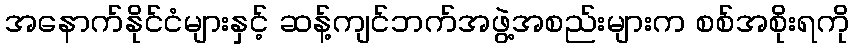
အနောက်နိုင်ငံများနှင့် ဆန့်ကျင်ဘက်အဖွဲ့အစည်းများက စစ်အစိုးရကို